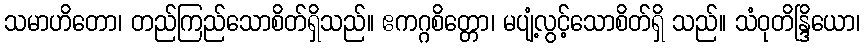
သမာဟိတော၊ တည်ကြည်သောစိတ်ရှိသည်။ ဧကဂ္ဂစိတ္တော၊ မပျံ့လွင့်သောစိတ်ရှိ သည်။ သံဝုတိန္ဒြိယော၊